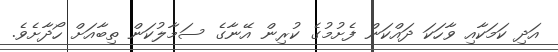
އަދި ކަމަކާއި ވާހަކަ ދައްކަން ފެށުމުގެ ކުރިން އޭނާގެ ސަމާލުކަން ތިބާއަށް ހޯދާށެވެ.